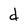
Character: d